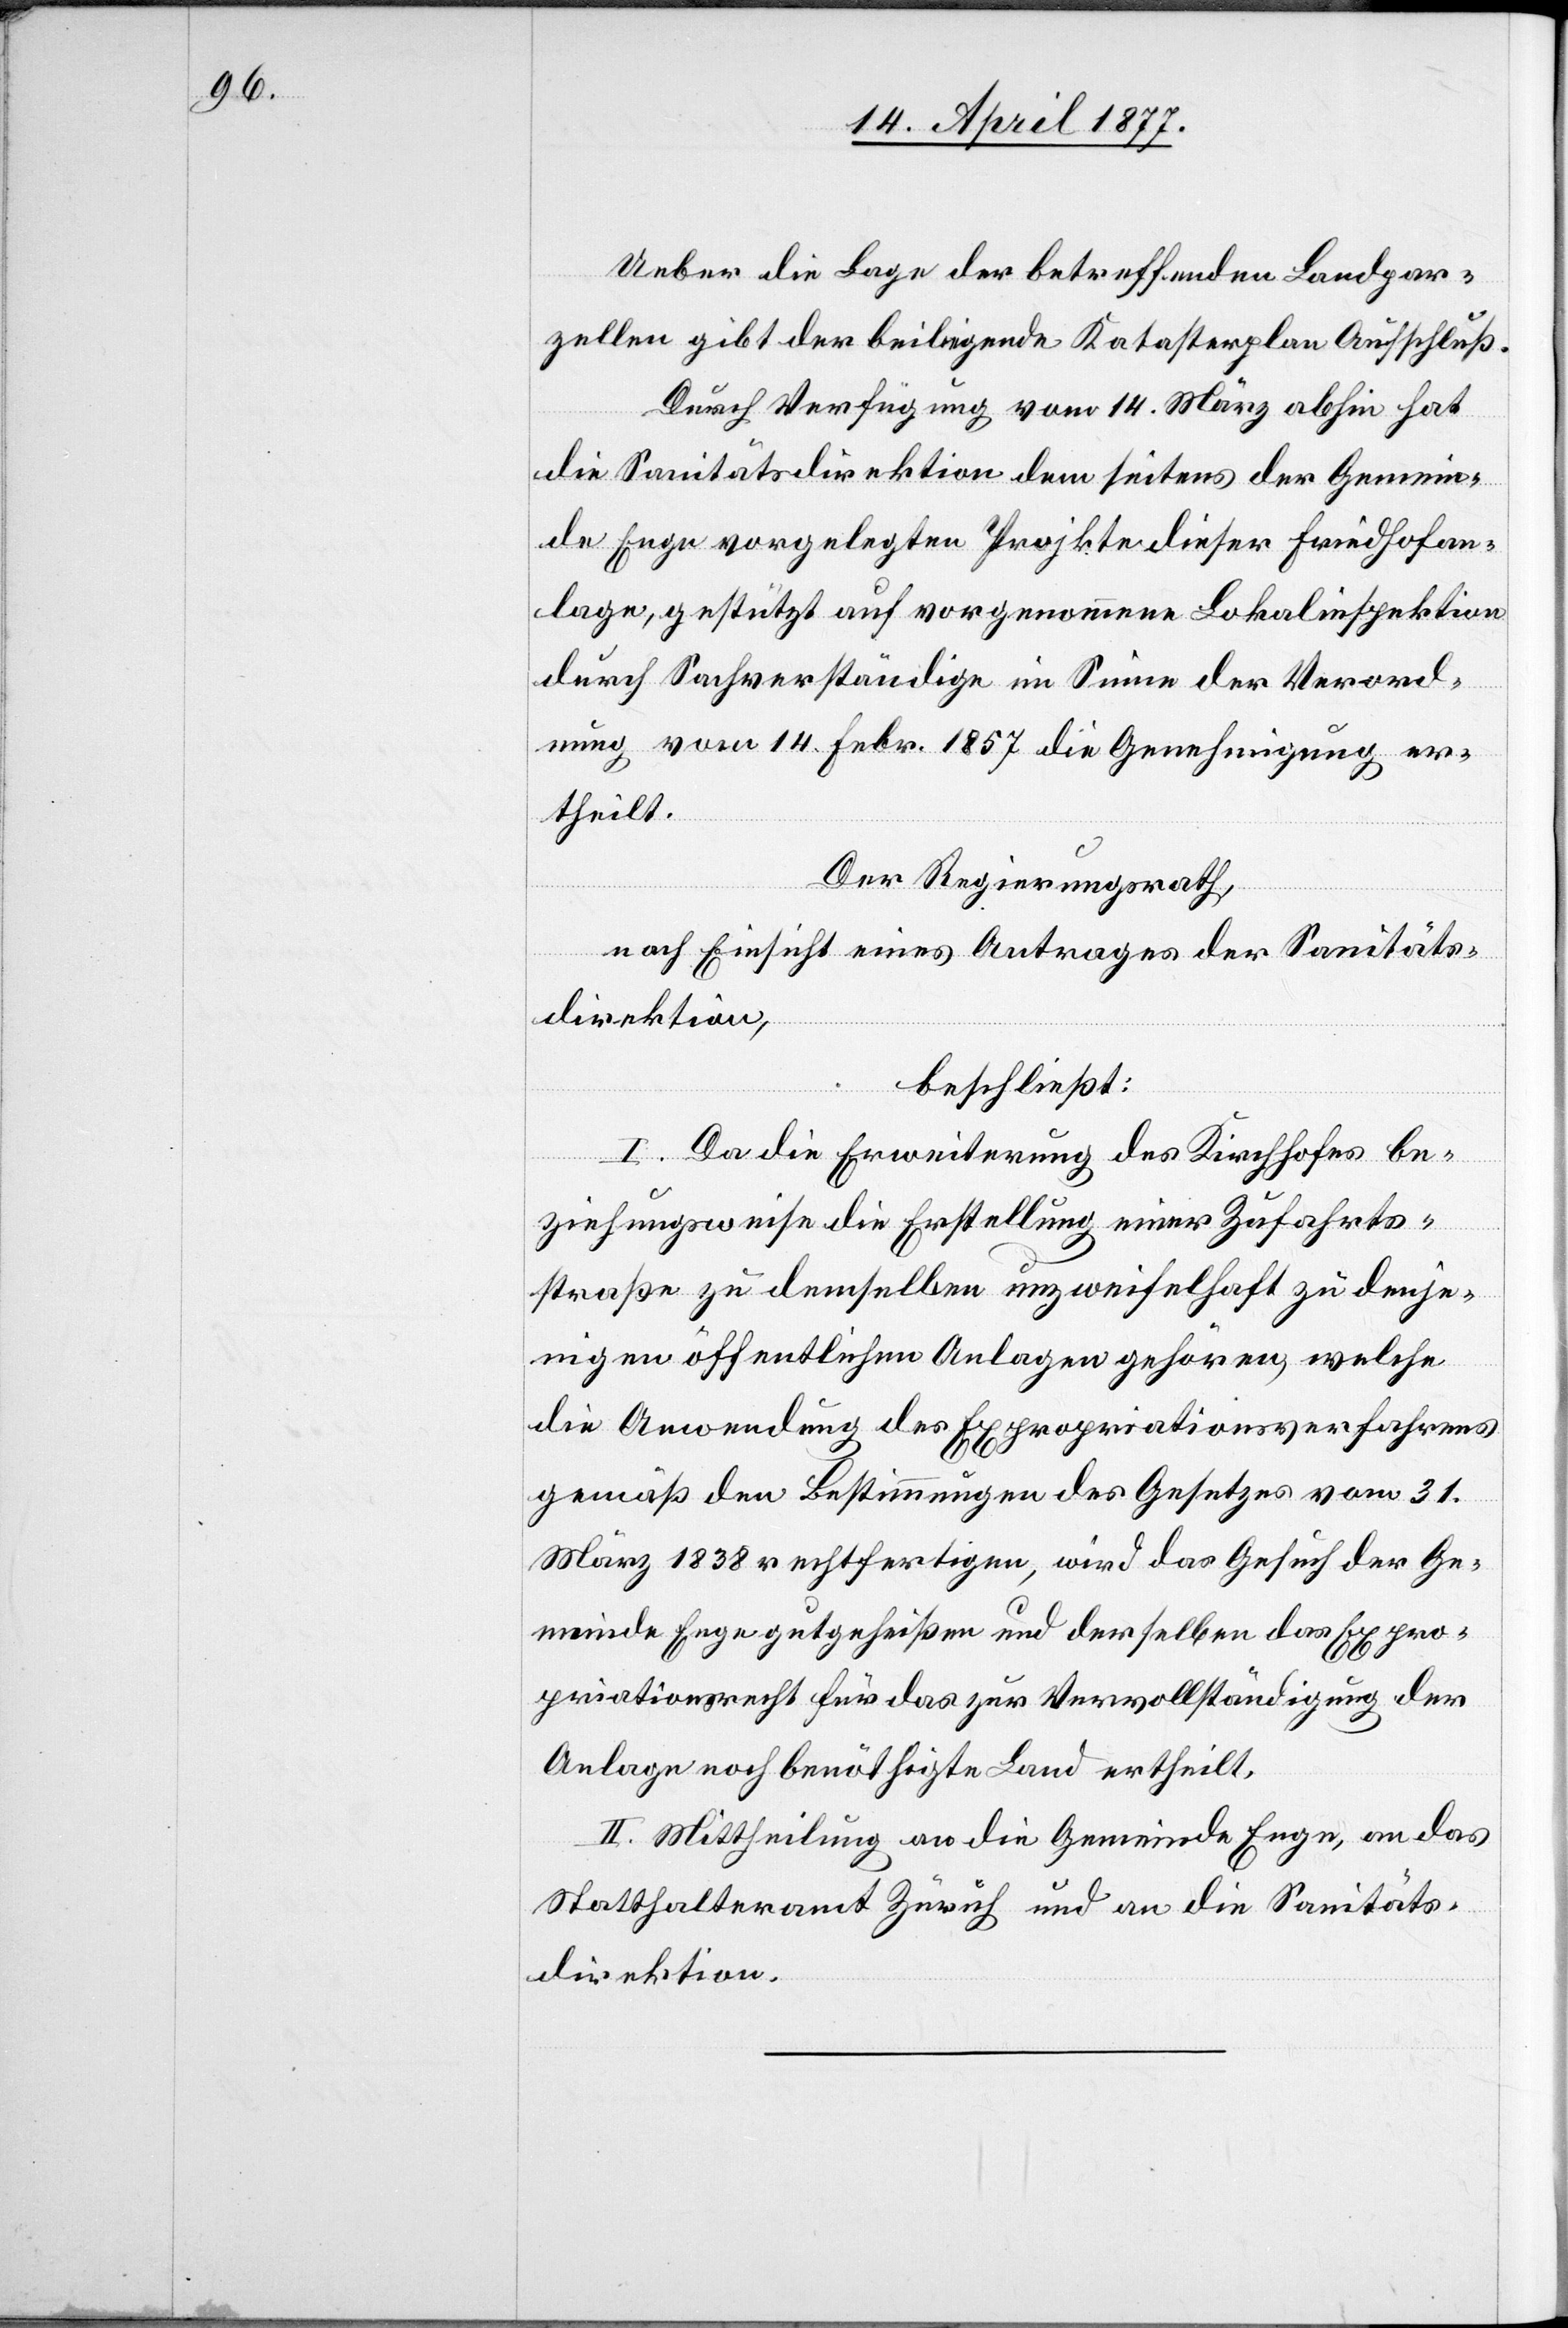
Ueber die Lage der betreffenden Landpar¬
zellen gibt der beiliegende Katasterplan Aufschluß.
Durch Verfügung vom 14. März abhin hat
die Sanitätsdirektion dem seitens der Gemein¬
de Enge vorgelegten Projekte dieser Friedhofan¬
lage, gestützt auf vorgenommene Lokalinspektion
durch Sachverständige im Sinne der Verord¬
nung vom 14. Febr. 1857 die Genehmigung er¬
theilt.
Der Regierungsrath,
nach Einsicht eines Antrages der Sanitäts¬
direktion,
beschließt:
I. Da die Erweiterung des Kirchhofes be¬
ziehungsweise die Erstellung einer Zufahrts¬
straße zu demselben unzweifelhaft zu denje¬
nigen öffentlichen Anlagen gehören, welche
die Anwendung des Expropriationsverfahrens
gemäß den Bestimmungen des Gesetzes vom 31.
März 1838 rechtfertigen, wird das Gesuch der Ge¬
meinde Enge gutgeheißen und derselben das Expro¬
priationsrecht für das zur Vervollständigung der
Anlage noch benöthigte Land ertheilt.
II. Mittheilung an die Gemeinde Enge, an das
Statthalteramt Zürich und an die Sanitäts¬
direktion.